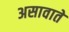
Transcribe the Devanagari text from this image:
असावाते